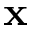
\bf { x }